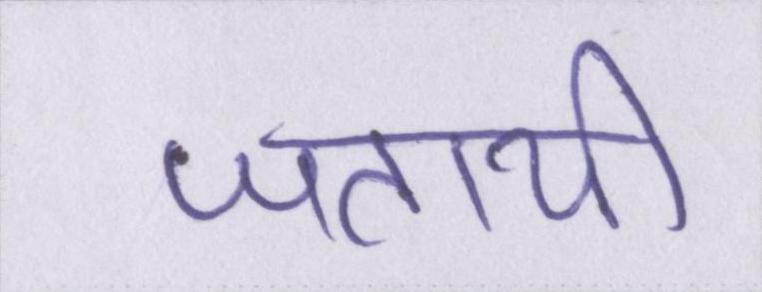
जतायी